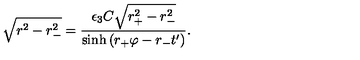
\sqrt { r _ { \vphantom - } ^ { 2 } - r _ { - } ^ { 2 } } = { \frac { \epsilon _ { 3 } C \sqrt { r _ { + } ^ { 2 } - r _ { - } ^ { 2 } } } { \sinh \left( r _ { + } \varphi - r _ { - } t ^ { \prime } \right) } } .